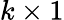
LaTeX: k\times 1